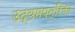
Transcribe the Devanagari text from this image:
उद्यमपत्रिका